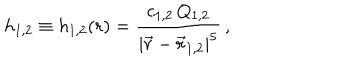
LaTeX: { h _ { 1 , 2 } } \equiv { h _ { 1 , 2 } } ( r ) = { \frac { c _ { 1 , 2 } \, Q _ { 1 , 2 } } { \left| \vec { r } - \vec { r } _ { 1 , 2 } \right| ^ { 5 } } } \, ,